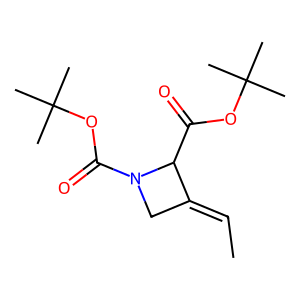
SMILES: CC=C1CN(C(=O)OC(C)(C)C)C1C(=O)OC(C)(C)C
Inhibits HIV replication: No